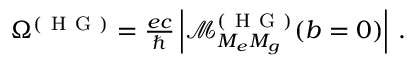
\begin{array} { r } { \Omega ^ { ( \mathrm { ~ H ~ G ~ } ) } = \frac { e c } { \hbar } \left| \mathcal { M } _ { M _ { e } M _ { g } } ^ { ( \mathrm { ~ H ~ G ~ } ) } ( b = 0 ) \right| \, . } \end{array}